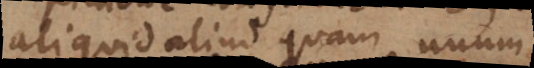
aliquid aliud quam unum